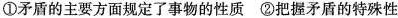
①矛盾的主要方面规定了事物的性质 ②把握矛盾的特殊性